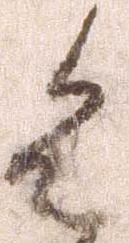
令